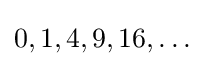
0,1,4,9,16,\ldots